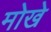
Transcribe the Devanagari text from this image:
मोखे